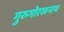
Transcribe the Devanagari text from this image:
गुरुगोरखनाथ